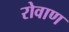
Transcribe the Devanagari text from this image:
रोवाण